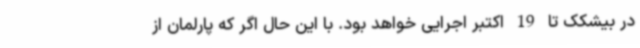
در بیشکک تا 19 اکتبر اجرایی خواهد بود. با این حال اگر که پارلمان از